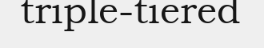
triple-tiered